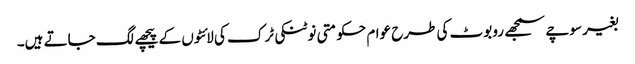
بغیر سوچے سمجھے روبوٹ کی طرح عوام حکومتی نوٹنکی ٹرک کی لائٹوں کے پیچھے لگ جاتے ہیں۔